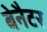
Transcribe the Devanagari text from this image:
बेनैटर